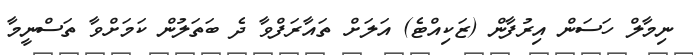
ނިމާލް ހަސަން އިރުފާން (ޒަކިއްޓެ) އަލަށް ތައާރަފްވާ ދެ ބަތަލުން ކަމަށްވާ ތަސްނީމާ